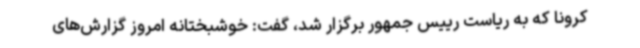
کرونا که به ریاست رییس جمهور برگزار شد، گفت: خوشبختانه امروز گزارش‌های